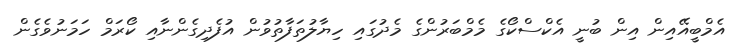
އެމްބީއޭއިން އިން ބުނީ އެކްސްކޯގެ މެމްބަރުންގެ މެދުގައި ހިޔާލުތަފާތުވުން އުފެދިގެންނާއި ކޯރަމް ހަމަނުވެގެން